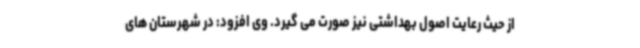
از حیث رعایت اصول بهداشتی نیز صورت می گیرد. وی افزود: در شهرستان های